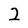
Character: 2